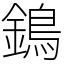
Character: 鵭